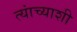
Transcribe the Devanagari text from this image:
त्‍यांच्‍याशी